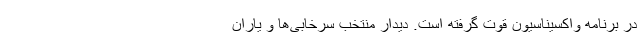
در برنامه واکسیناسیون قوت گرفته است. دیدار منتخب سرخابی‌ها و یاران